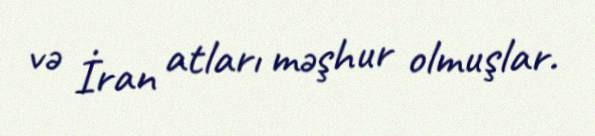
və İran atları məşhur olmuşlar.